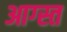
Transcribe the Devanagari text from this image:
आग्स्त